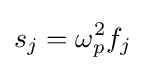
s_{j}=\omega _{p}^{2}f_{j}